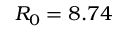
R _ { 0 } = 8 . 7 4